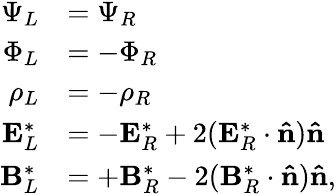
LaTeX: \begin{array}{rl}{\Psi_{L}}&{=\Psi_{R}}\\ {\Phi_{L}}&{=-\Phi_{R}}\\ {\rho_{L}}&{=-\rho_{R}}\\ {\mathbf{E}_{L}^{*}}&{=-\mathbf{E}_{R}^{*}+2(\mathbf{E}_{R}^{*}\cdot\mathbf{\hat{n}})\mathbf{\hat{n}}}\\ {\mathbf{B}_{L}^{*}}&{=+\mathbf{B}_{R}^{*}-2(\mathbf{B}_{R}^{*}\cdot\mathbf{\hat{n}})\mathbf{\hat{n}},}\end{array}